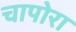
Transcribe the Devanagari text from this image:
चापोरा